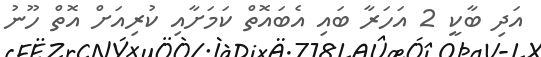
އަދި ބާކީ 2 އަހަރާ ބައި އެބައޮތް ކަމަށާއި ކުރިއަށް އޮތް ހޫނު